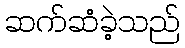
ဆက်ဆံခဲ့သည်